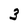
Character: 3